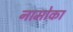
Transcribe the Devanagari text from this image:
नामोका